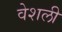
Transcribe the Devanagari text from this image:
वेशली